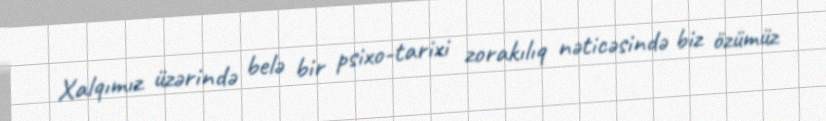
Xalqımız üzərində belə bir psixo-tarixi zorakılıq nəticəsində biz özümüz